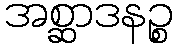
အစ္ဆာဒနဉ္စ